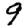
Digit: 9